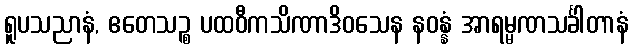
ရူပသညာနံ, ဧတေသဉ္စ ပထဝီကသိဏာဒိဝသေန နဝန္နံ အာရမ္မဏသင်္ခါတာနံ